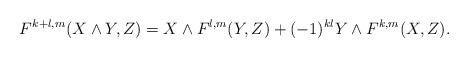
LaTeX: \begin{align*}F^{k+l,m}(X\wedge Y,Z)=X\wedge F^{l,m}(Y,Z)+(-1)^{kl}Y\wedge F^{k,m}(X,Z).\end{align*}